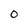
Character: O